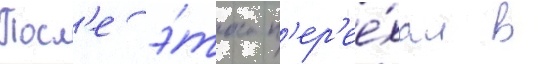
Посл'е э́того п'ер'ее́хал в